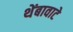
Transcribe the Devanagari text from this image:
थेंबावाटे